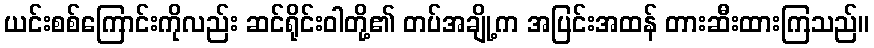
ယင်းစစ်ကြောင်းကိုလည်း ဆင်ရိုင်းဝါတို့၏ တပ်အချို့က အပြင်းအထန် တားဆီးထားကြသည်။